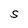
Character: S